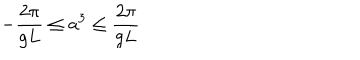
LaTeX: - \frac { 2 \pi } { g L } \leq a ^ { 3 } \leq \frac { 2 \pi } { g L }